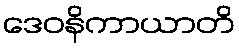
ဒေဝနိကာယာတိ